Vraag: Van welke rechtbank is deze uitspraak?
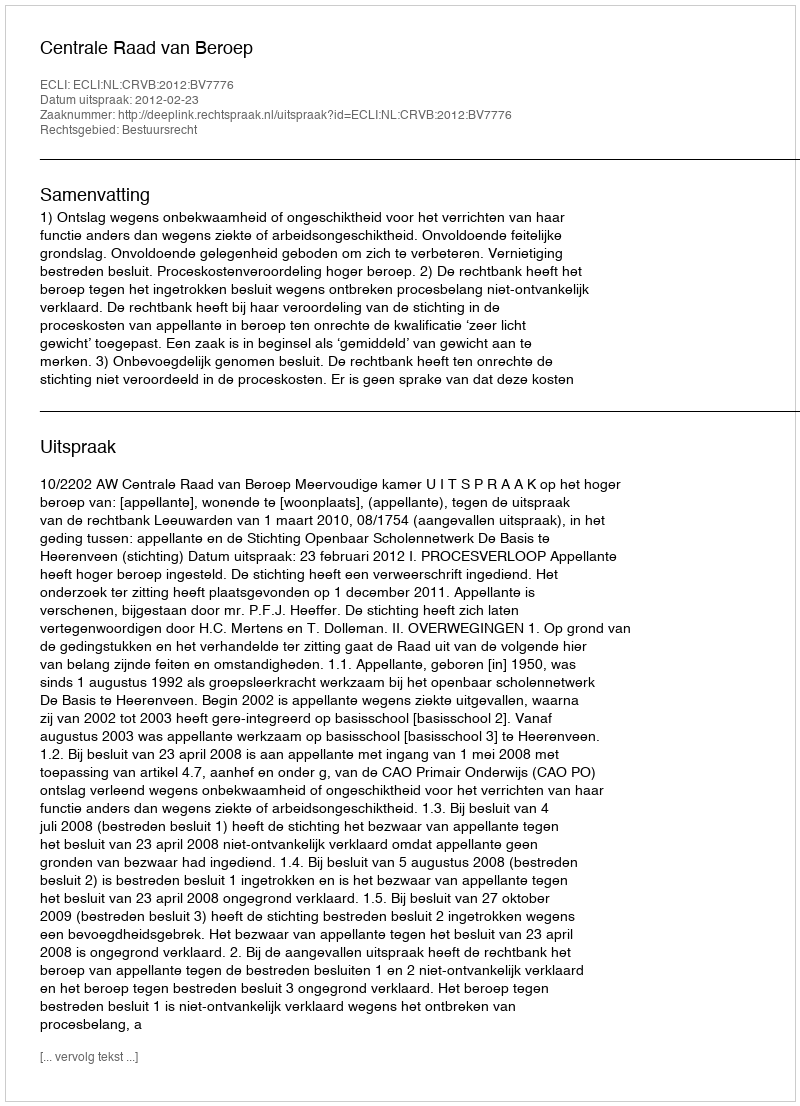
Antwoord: Centrale Raad van Beroep